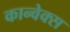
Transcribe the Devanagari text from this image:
कान्वेक्स